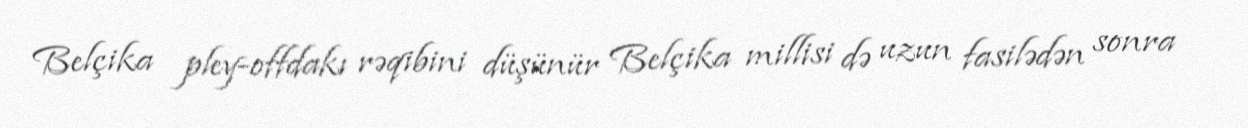
Belçika pley-offdakı rəqibini düşünür Belçika millisi də uzun fasilədən sonra